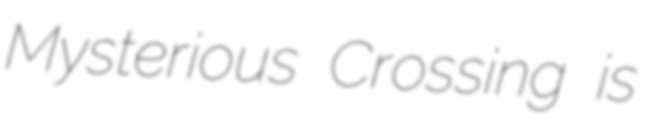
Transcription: Mysterious Crossing is